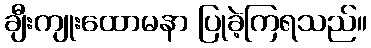
ချီးကျုးထောမနာ ပြုခဲ့ကြရသည်။